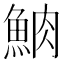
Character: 𩶩